Taavet_Bergmanni_abiraha_sihtasutus, lk 7
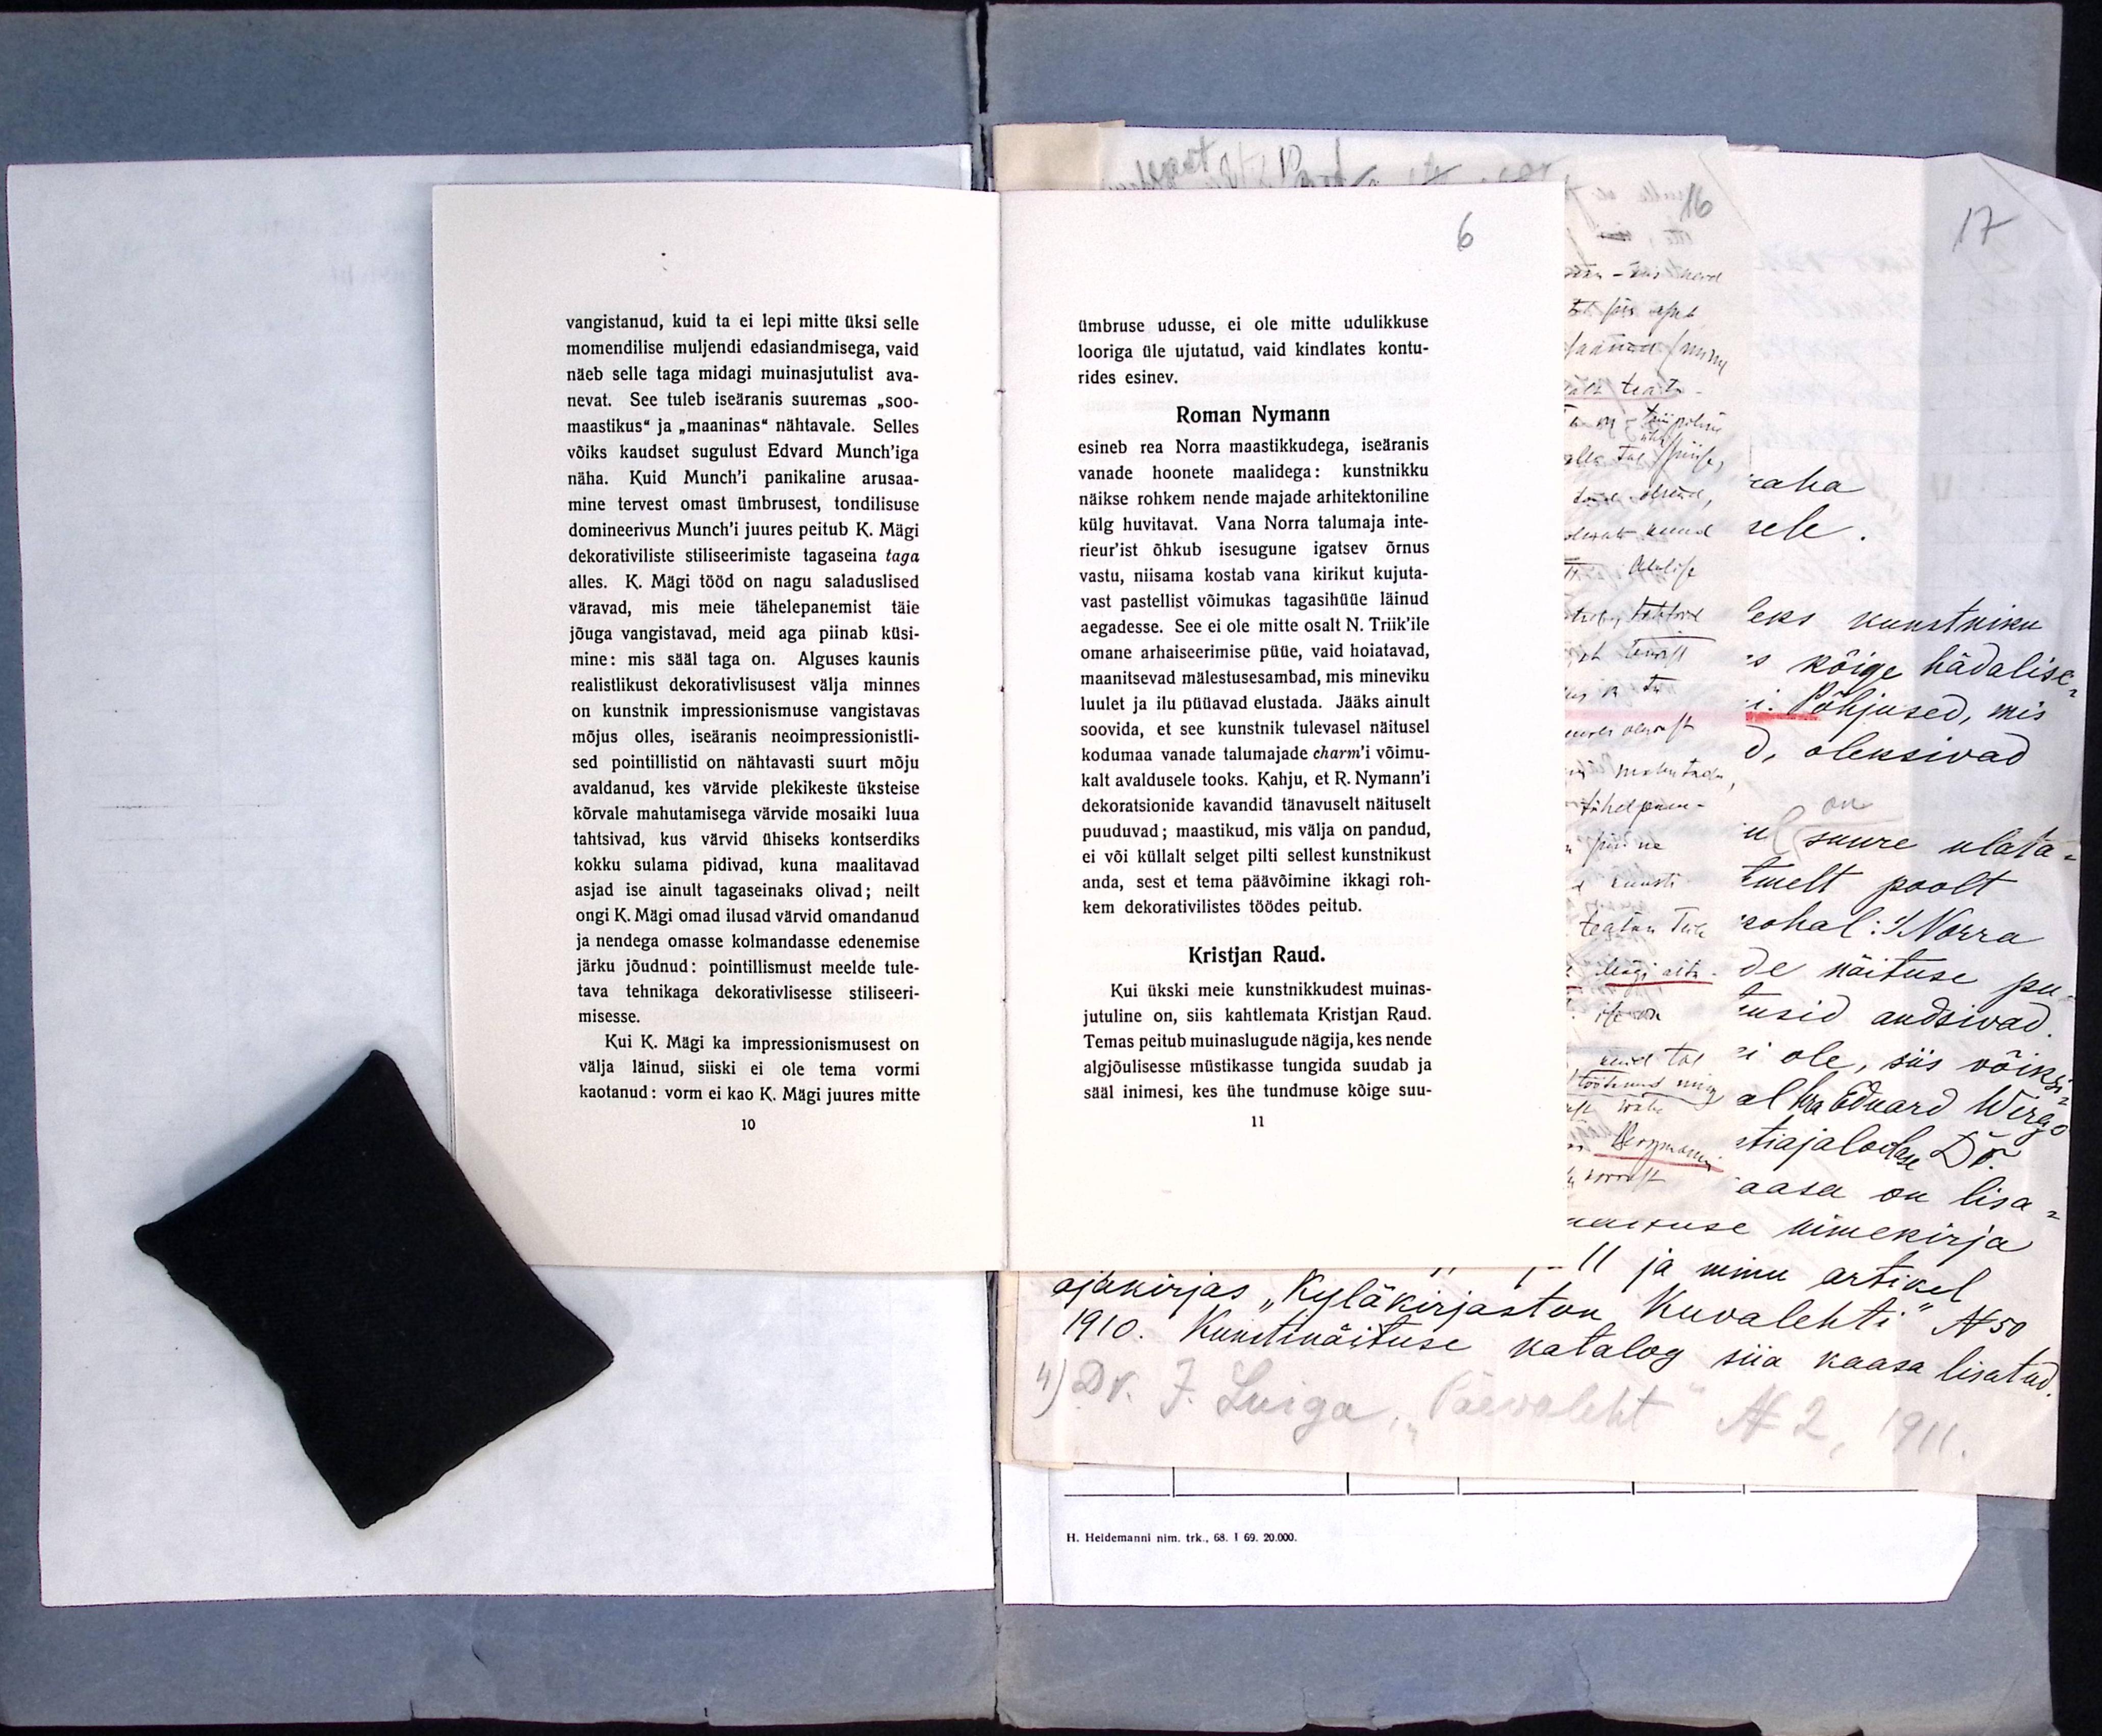
vangistanud, kuid ta ei lepi mitte üksi selle
momendilise muljendi edasiandmisega, vaid
näeb selle taga midagi muinasjutulist ava-
nevat. See tuleb iseäranis suuremas "soo-
maastikus" ja "maaninas" nähtavale. Selles
võiks kaudset sugulust Edvard Munch'iga
näha. Kuid Munch'i panikaline arusaa-
mine tervest omast ümbrusest, tondilisuse
domineerivus Munch'i juures peitub K. Mägi
dekorativiliste stiliseerimiste tagaseina taga
alles. K. Mägi tööd on nagu saladuslised
väravad, mis meie tähelepanemist täie
jõuga vangistavad, meid aga piinab küsi-
mine: mis sääl taga on. Alguses kaunis
realistlikust dekorativlisusest välja minnes
on kunstnik impressionismuse vangistavas
mõjus olles, iseäranis neoimpressionistli-
sed pointillistid on nähtavasti suurt mõju
avaldanud, kes värvide plekikeste üksteise
kõrvale mahutamisega värvide mosaiki luua
tahtsivad, kus värvid ühiseks kontserdiks
kokku sulama pidivad, kuna maalitavad
asjad ise ainult tagaseinaks olivad; neilt
ongi K. Mägi omad ilusad värvid omandanud
ja nendega omasse kolmandasse edenemise
järku jõudnud: pointillismust meelde tule-
tava tehnikaga dekorativlisse stiliseeri-
misesse.
Kui K. Mägi ka impressionismusest on
välja läinud, siiski ei ole tema vormi
kaotanud: vorm ei kao K. Mägi juures mitte
10

6
ümbruse udusse, ei ole mitte udulikkuse
looriga üle ujutatud, vaid kindlates kontu-
rides esinev.
Roman Nymann
esineb rea Norra maastikkudega, iseäranis
vanade hoonete maalidega: kunstnikku
näikse rohkem nende majade arhitektoniline
külg huvitavat. Vana Norra talumaja inte-
rieur'ist õhkub isesugune igatsev õrnus
vastu, niisama kostab vana kirikut kujuta-
vast pastellist võimukas tagasihüüe läinud
aegadesse. See ei ole mitte osalt N. Triik'ile
omane arhaiseerimise püüe, vaid hoiatavad,
maanitsevad mälestusesambad, mis mineviku
luulet ja ilu püüavad elustada. Jääks ainult
soovida, et see kunstnik tulevasel näitusel
kodumaa vanade talumajade charmi võimu-
kalt avaldusele tooks. Kahju, et R. Nymann'i
dekoratsionide kavandid tänavuselt näituselt
puuduvad; maastikud, mis välja on pandud,
ei või küllalt selget pilti sellest kunstnikust
anda, sest et tema päävõimine ikkagi roh-
kem dekorativilistes töödes peitub.
Kristjan Raud.
Kui ükski meie kunstnikkudest muinas-
jutuline on, siis kahtlemata Kristjan Raud.
Temas peitub muinaslugude nägija, kes nende
algjõulisesse müstikasse tungida suudab ja
sääl inimesi, kes ühe tundmuse kõige suu-
11